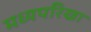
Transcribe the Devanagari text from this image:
मध्यपरिखा